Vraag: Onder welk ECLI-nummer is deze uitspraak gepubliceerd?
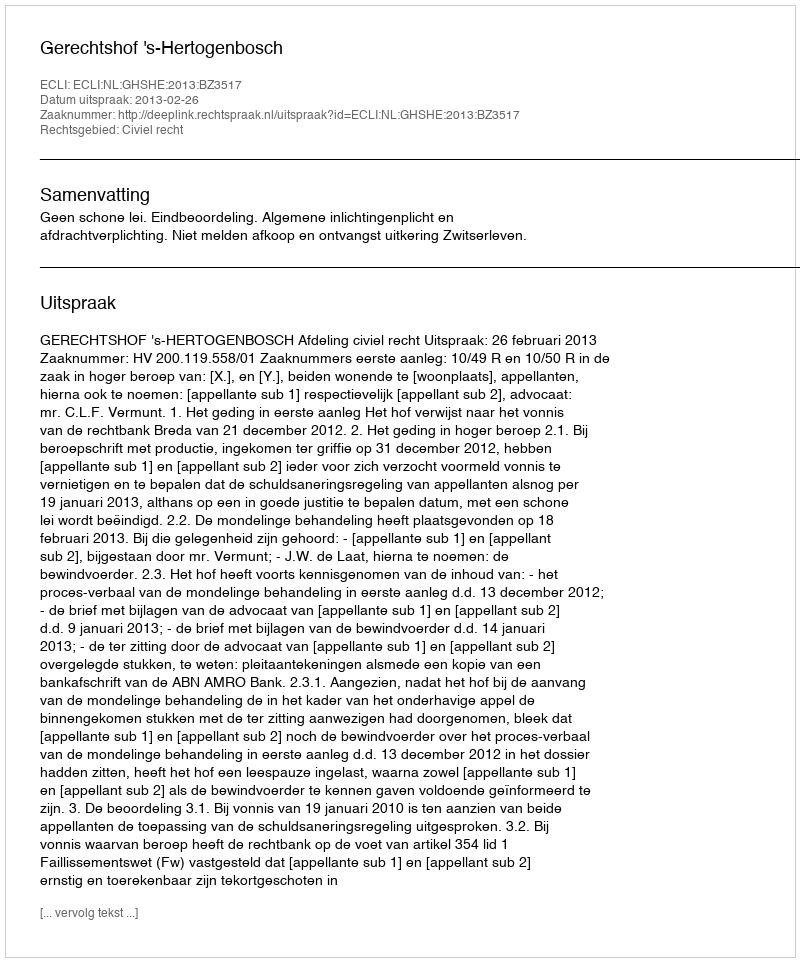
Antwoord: ECLI:NL:GHSHE:2013:BZ3517